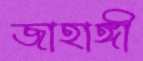
জাহাঙ্গী